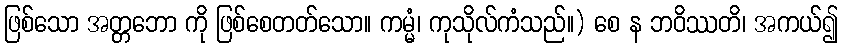
ဖြစ်သော အတ္တဘော ကို ဖြစ်စေတတ်သော။ ကမ္မံ၊ ကုသိုလ်ကံသည်။) စေ န ဘဝိဿတိ၊ အကယ်၍